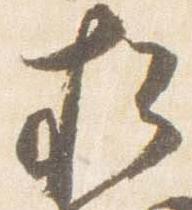
松